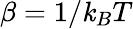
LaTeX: \beta=1/\mathit{k}_{B}T